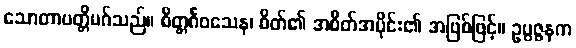
သောတာပတ္တိမဂ်သည်။ စိတ္တင်္ဂဝသေန၊ စိတ်၏ အစိတ်အပိုင်း၏ အဖြစ်ဖြင့်။ ဥပ္ပဇ္ဇနက